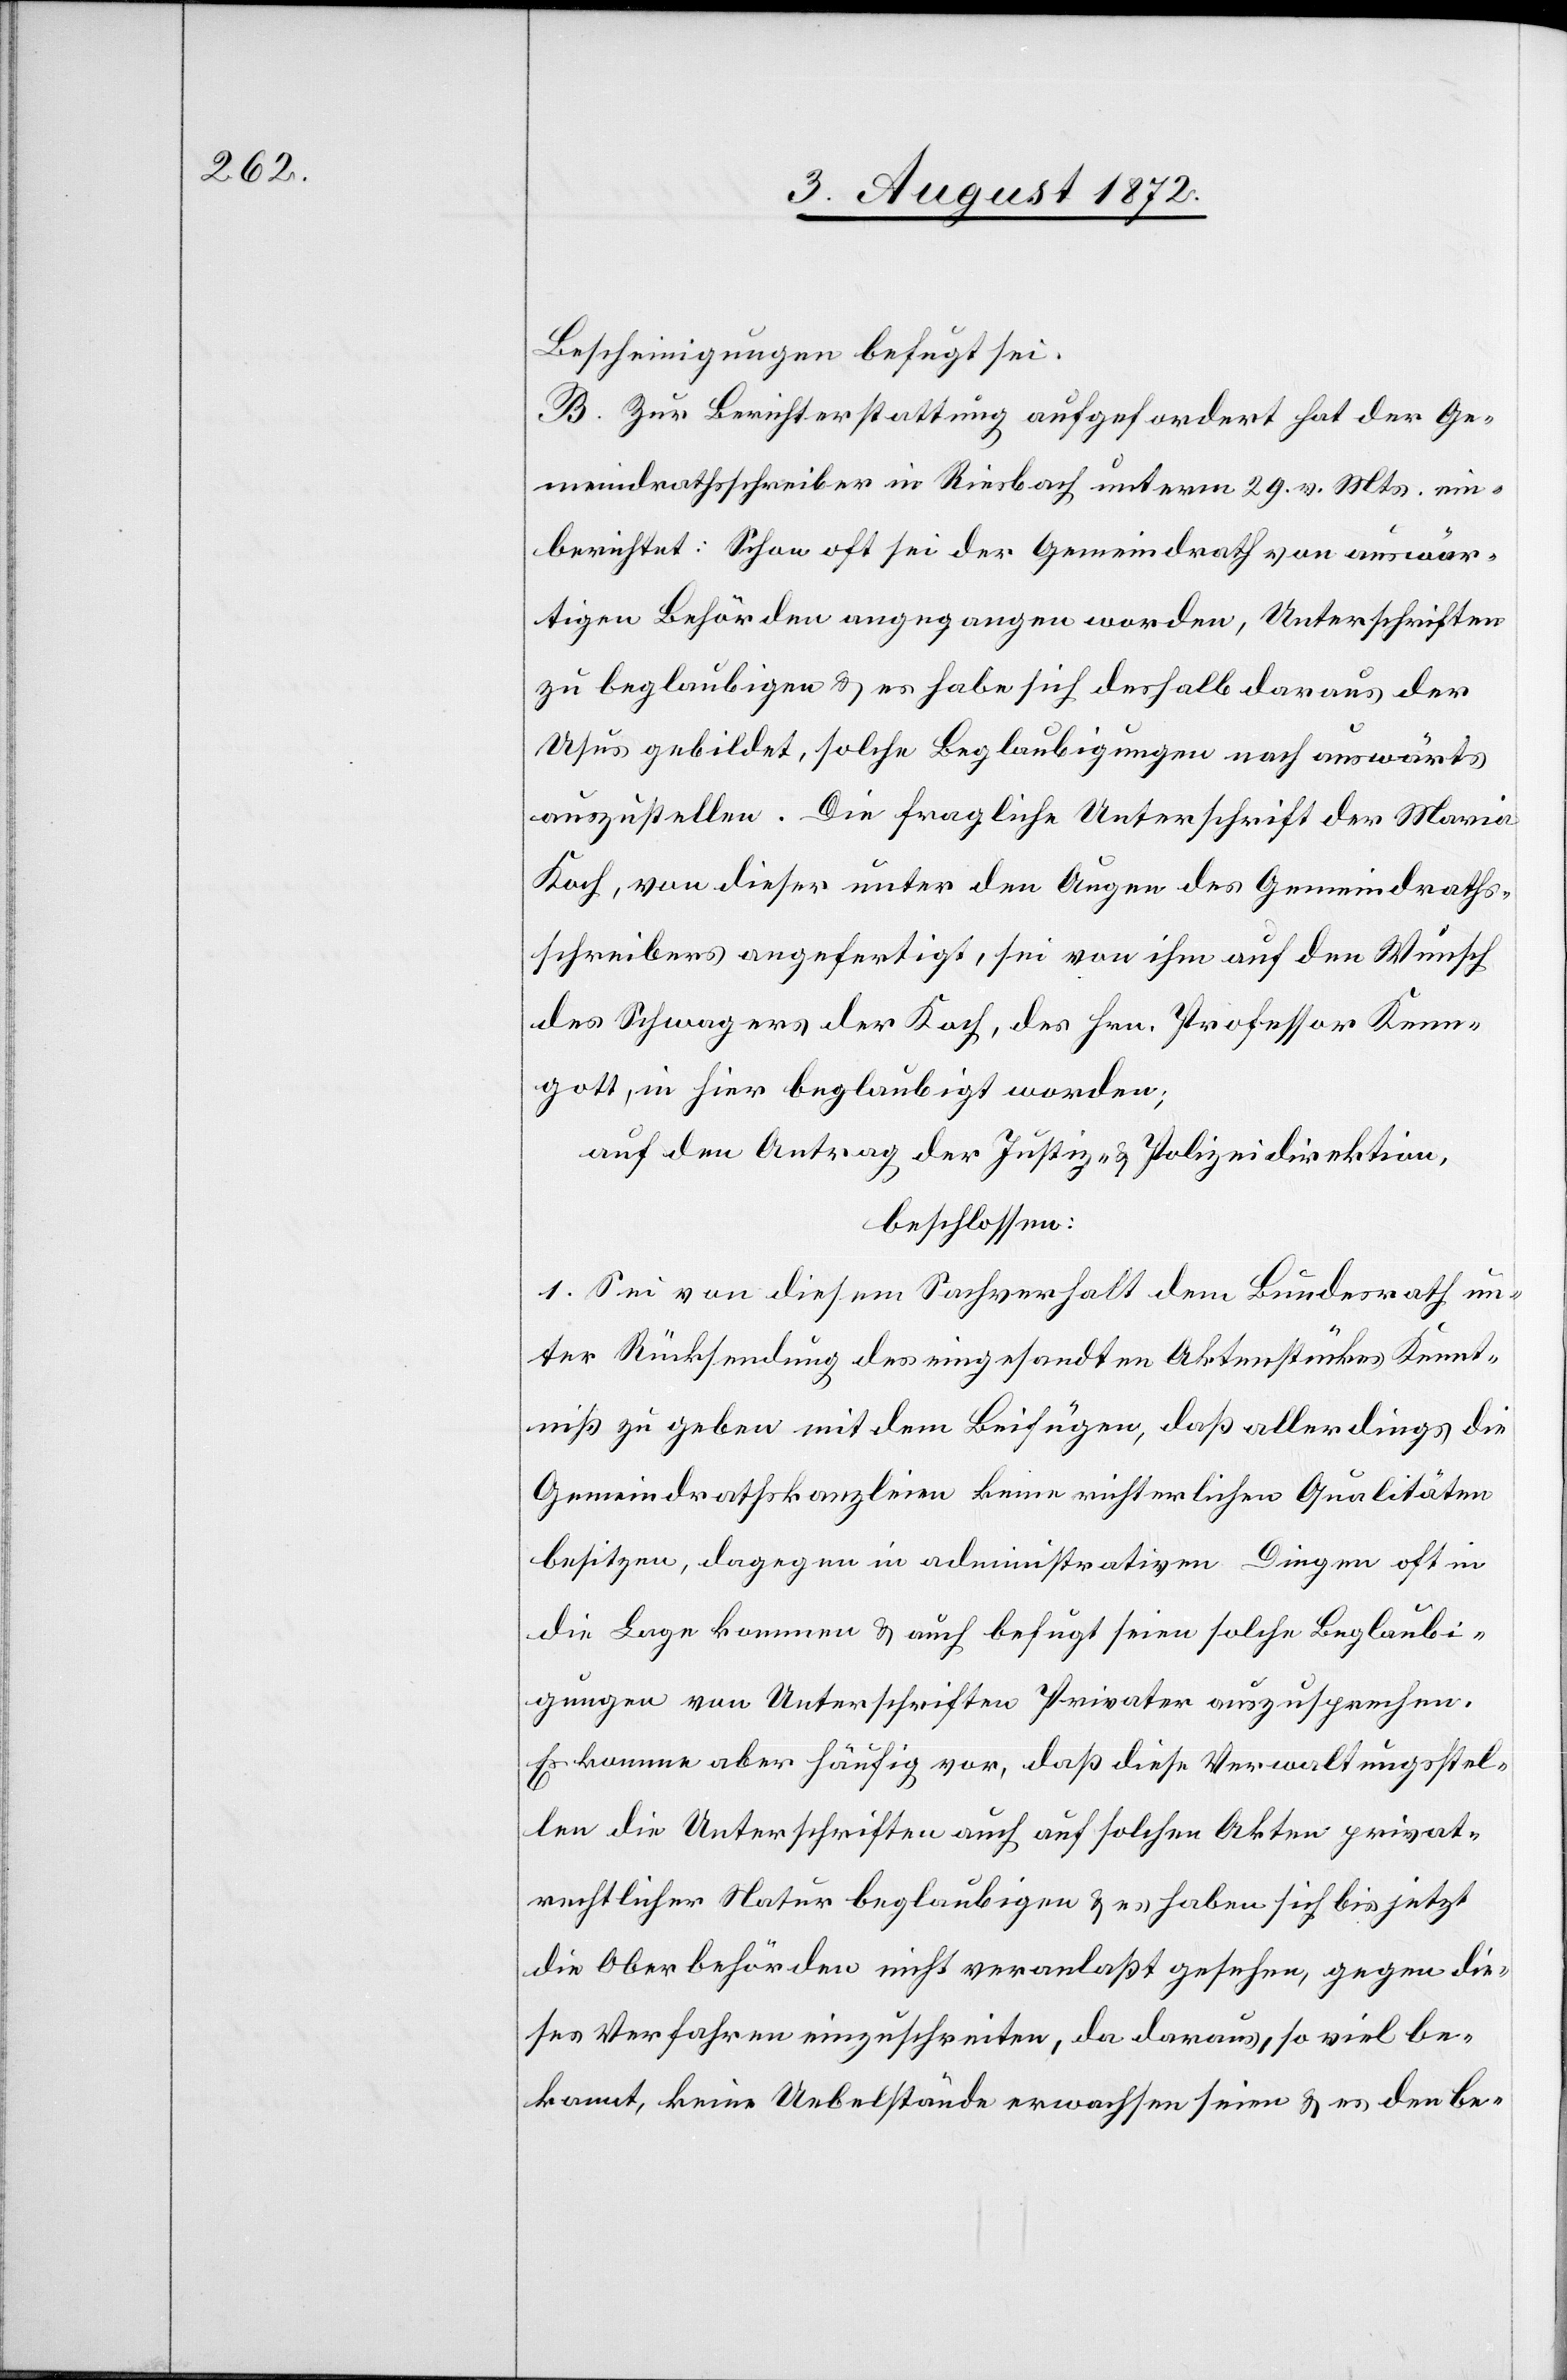
Bescheinigungen befugt sei.
B. Zur Berichterstattung aufgefordert hat der Ge¬
meindrathsschreiber in Riesbach unterm 29. v. Mts. ein¬
berichtet: Schon oft sei der Gemeindrath von auswär¬
tigen Behörden angegangen worden, Unterschriften
zu beglaubigen u. es habe sich deshalb daraus der
Usus gebildet, solche Beglaubigungen nach auswärts
auszustellen. Die fragliche Unterschrift der Maria
Koch, von dieser unter den Augen des Gemeindraths¬
schreibers angefertigt, sei von ihm auf den Wunsch
des Schwagers der Koch, des Hrn. Professor Kenn¬
gott, in hier beglaubigt worden;
auf den Antrag der Justiz- u. Polizeidirektion,
beschlossen:
1. Sei von diesem Sachverhalt dem Bundesrath un¬
ter Rücksendung des eingesandten Aktenstückes Kennt¬
niß zu geben mit dem Beifügen, daß allerdings die
Gemeindrathskanzleien keine richterlichen Qualitäten
besitzen, dagegen in administrativen Dingen oft in
die Lage kommen u. auch befugt seien solche Beglaubi¬
gungen von Unterschriften Privater auszusprechen.
Es komme aber häufig vor, daß diese Verwaltungsstel¬
len die Unterschriften auch auf solchen Akten privat¬
rechtlicher Natur beglaubigen u. es haben sich bis jetzt
die Oberbehörden nicht veranlaßt gesehen, gegen die¬
ses Verfahren einzuschreiten, da daraus, so viel be¬
kannt, keine Uebelstände erwachsen seien u. es den be-